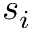
s _ { i }